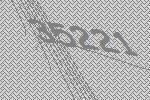
35221